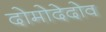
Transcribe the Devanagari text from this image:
दोमोदेदोव